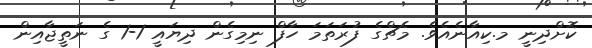
ކޮށްދިނީ މ.ކިއާނެއެވެ. މެޗްގެ ފުރަތަމަ ހާފް ނިމިގެން ދިޔައީ 1-1 ގެ ނަތީޖާއިން